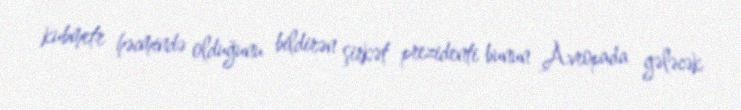
kubmetr həcmində olduğunu bildirən şirkət prezidenti bunun Avropada gələcək